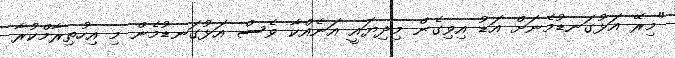
"މިރޭ އަޅުގަނޑުމެނަށް އަޑު އިވިގެން މިދިޔައީ އަނެއްކާ ވެސް އަޅުގަނޑުމެން މި އިހުތިރާމްކުރާ